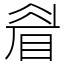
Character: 睂